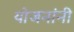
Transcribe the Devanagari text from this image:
योजनांनी